Scottish Certificate of Education, 1962
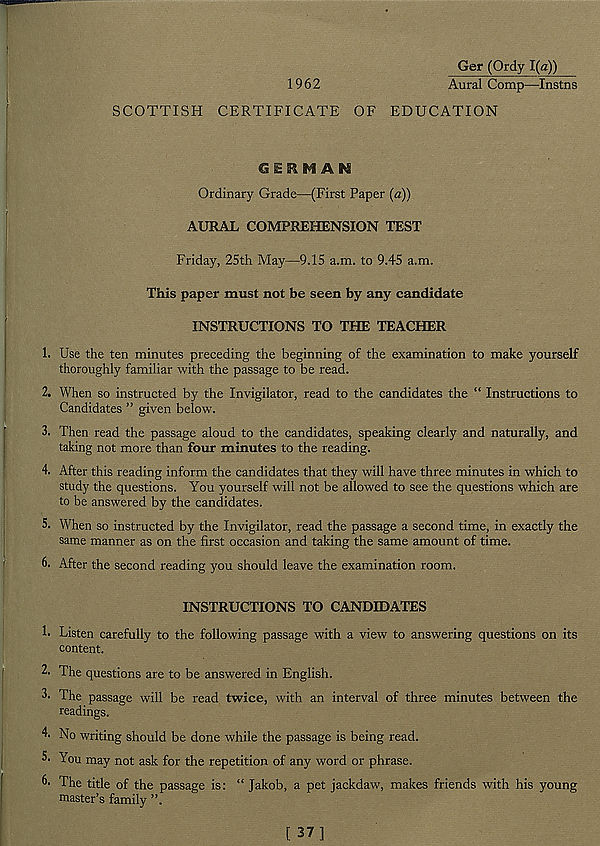
1962
Ger (Ordy 1(a))
Aural Comp—Instns
SCOTTISH CERTIFICATE OF EDUCATION
C? E 5* M A *£
Ordinary Grade—(First Paper (a))
AURAL COMPREHENSION TEST
Friday, 25th May—9.15 a.m. to 9.45 a.m.
This paper must not be seen by any candidate
INSTRUCTIONS TO THE TEACHER
1. Use the ten minutes preceding the beginning of the examination to make yourself
thoroughly familiar with the passage to be read.
2. When so instructed by the Invigilator, read to the candidates the “ Instructions to
Candidates ” given below.
3. Then read the passage aloud to the candidates, speaking clearly and naturally, and
taking not more than four minutes to the reading.
4. After this reading inform the candidates that they will have three minutes in which to
study the questions. You yourself will not be allowed to see the questions which are
to be answered by the candidates.
5. When so instructed by the Invigilator, read the passage a second time, in exactly the
same manner as on the first occasion and taking the same amount of time.
6. After the second reading you should leave the examination room.
INSTRUCTIONS TO CANDIDATES
!• Listen carefully to the following passage with a view to answering questions on its
content.
2. The questions are to be answered in English.
3. The passage will be read twice, with an interval of three minutes between the
readings.
4- No writing should be done while the passage is being read.
5- You may not ask for the repetition of any word or phrase.
The title of the passage is: “ Jakob, a pet jackdaw, makes friends with his young
master’s family ”.
[ 37]